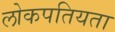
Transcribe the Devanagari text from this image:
लोकपतियता